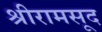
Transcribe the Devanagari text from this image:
श्रीरामसूद